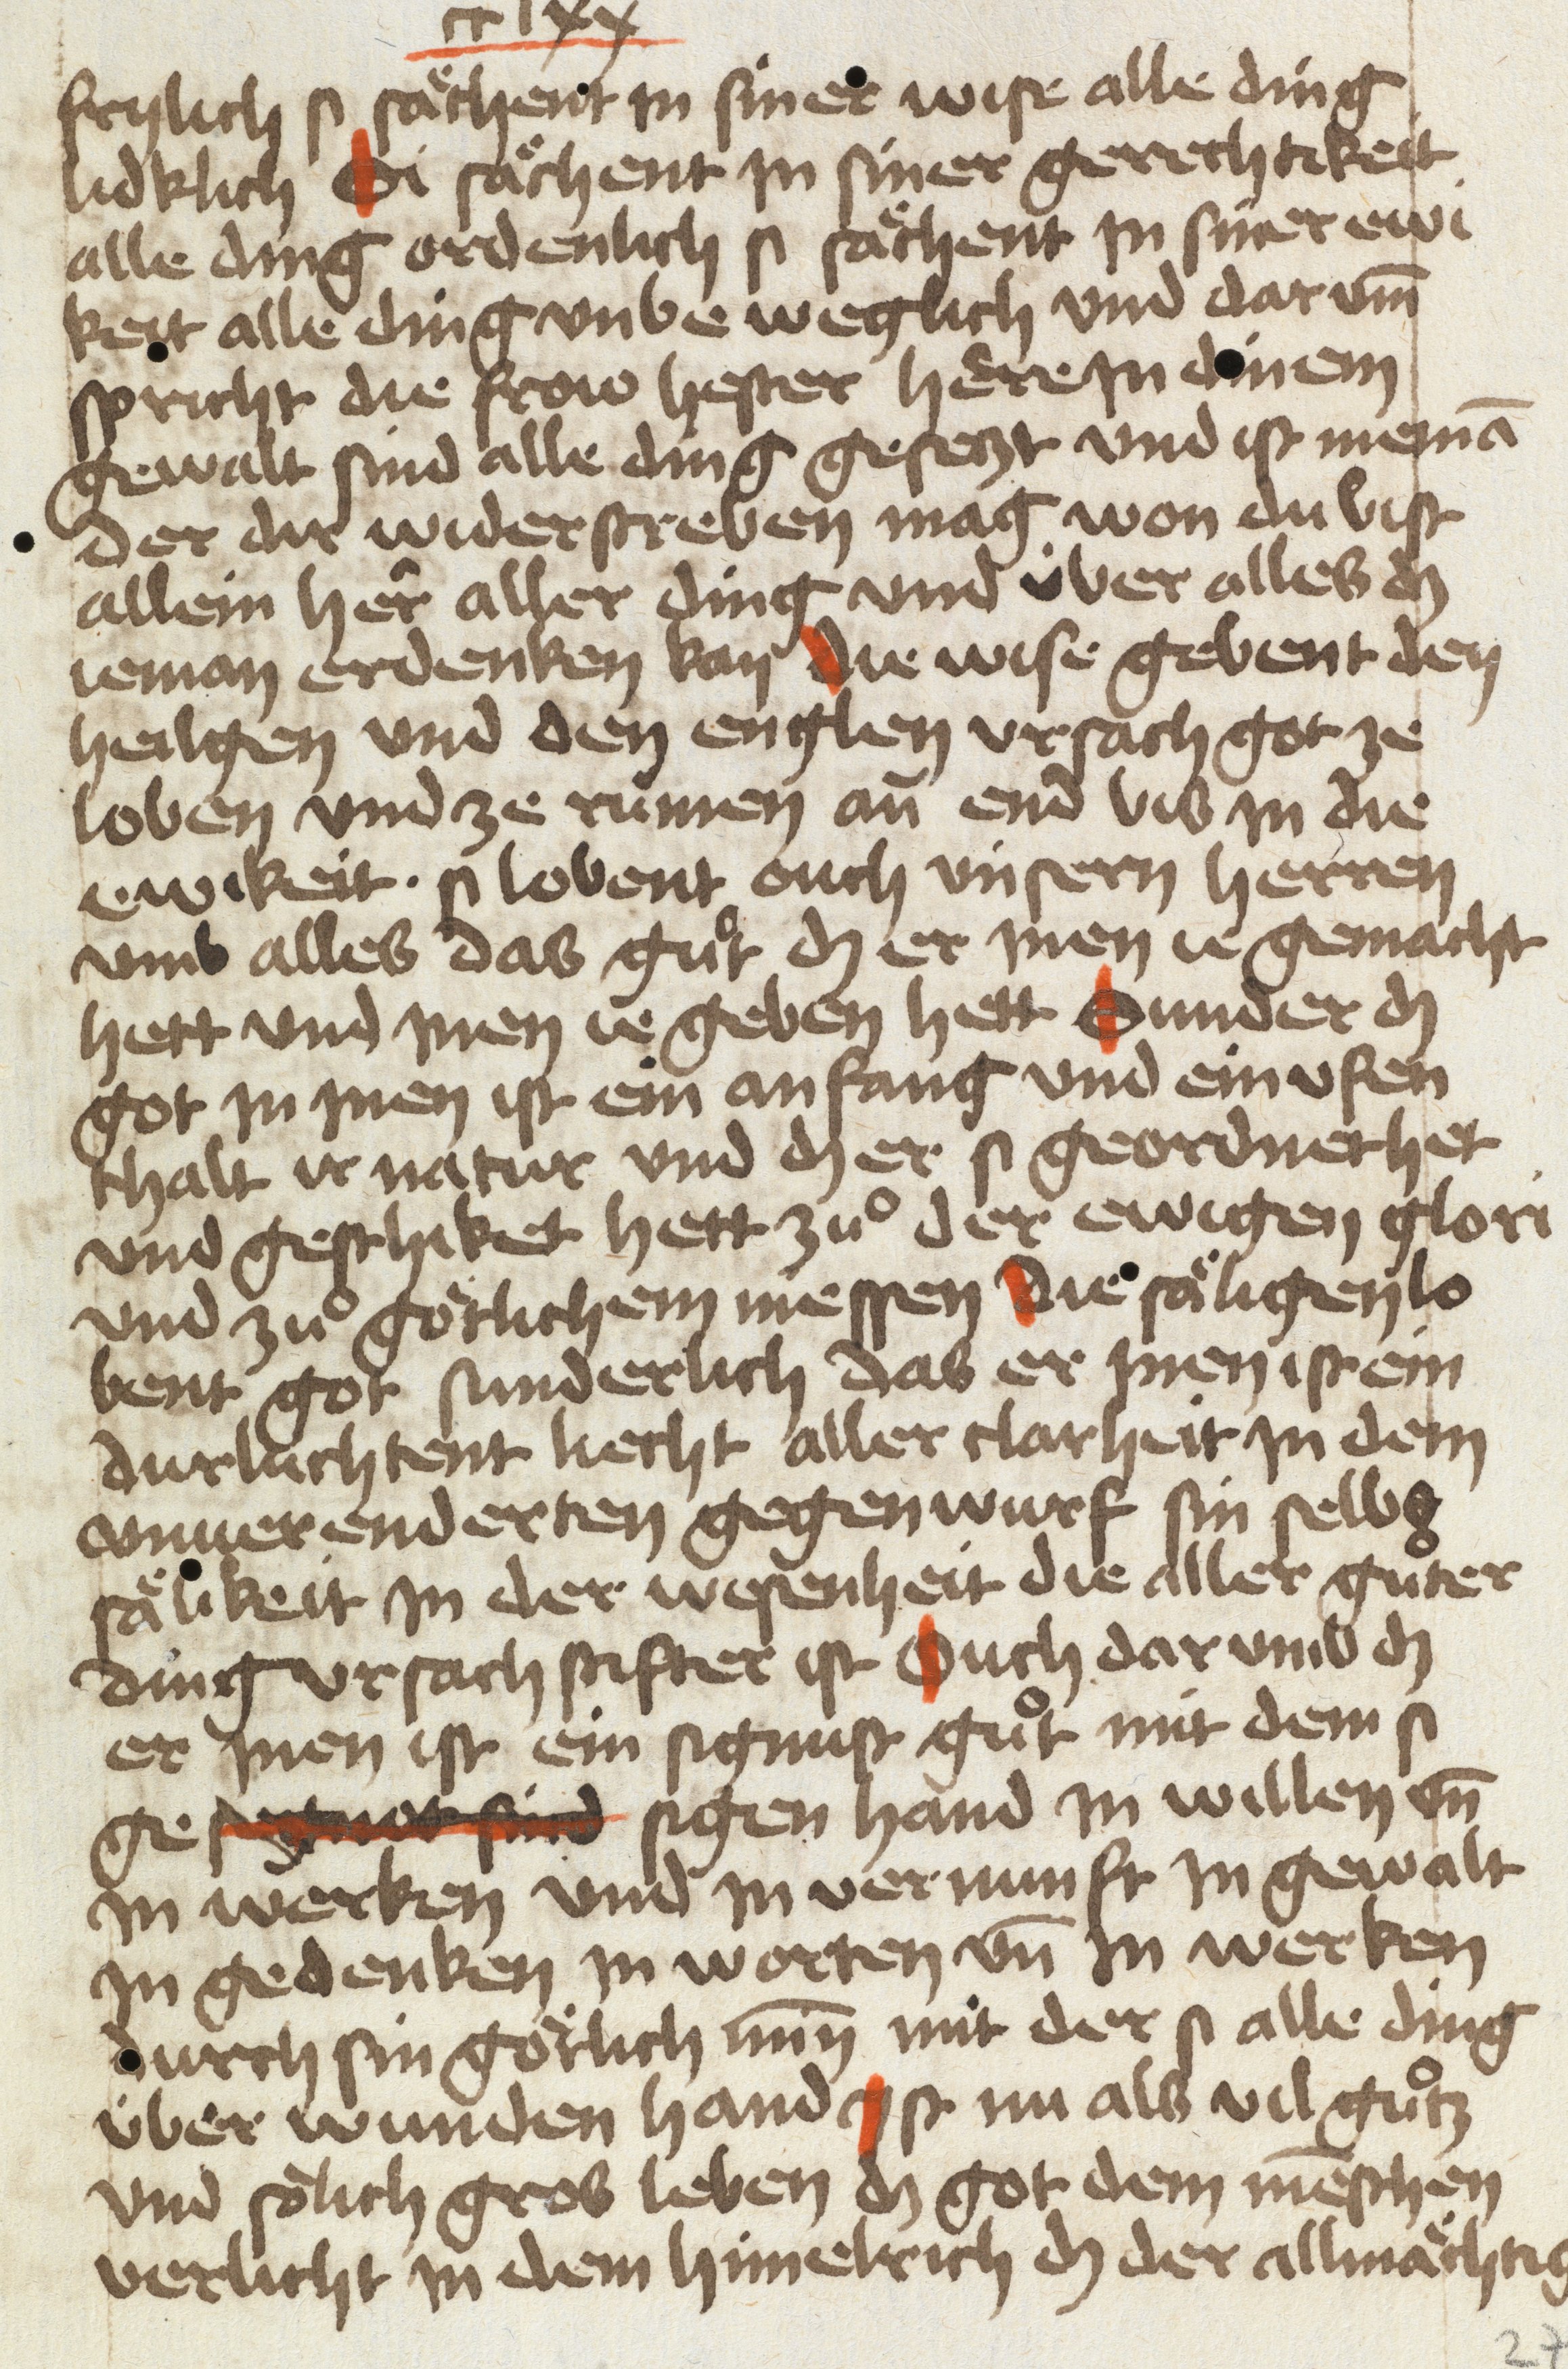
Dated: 1454–1454